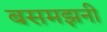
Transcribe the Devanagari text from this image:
बसमझनी